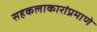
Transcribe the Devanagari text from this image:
सहकलाकारांप्रमाणे